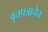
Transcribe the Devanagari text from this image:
वृत्तपत्राचेच